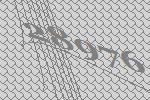
28976